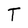
Character: T